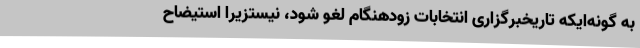
به گونه‌ایکه تاریخبرگزاری انتخابات زودهنگام لغو شود، نیستزیرا استیضاح